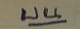
บน